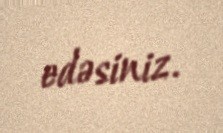
edəsiniz.